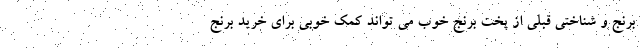
برنج و شناختی قبلی از پخت برنج خوب می تواند کمک خوبی برای خرید برنج